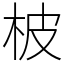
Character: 柀